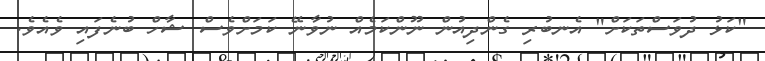
"ކަޅު ދުވަސްތަކަށް" އެނބުރި ގެންދިއުން ނޫންކަމެއް ނުވާނޭ ކަމަށްވެސް ޝާހް ބުނެފައި ވެއެވެ.